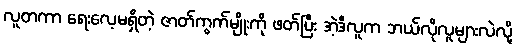
လူတကာ ရေးလေ့မရှိတဲ့ ဇာတ်ကွက်မျိုးကို ဖတ်ပြီး အဲ့ဒီလူက ဘယ်လိုလူများလဲလို့